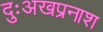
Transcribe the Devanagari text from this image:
दुःअखप्रनाश